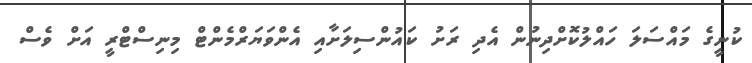
ކުނީގެ މައްސަލަ ހައްލުކޮށްދިނުން އެދި ރަށު ކައުންސިލަށާއި އެންވަޔަރްމެންޓް މިނިސްޓްރީ އަށް ވެސް